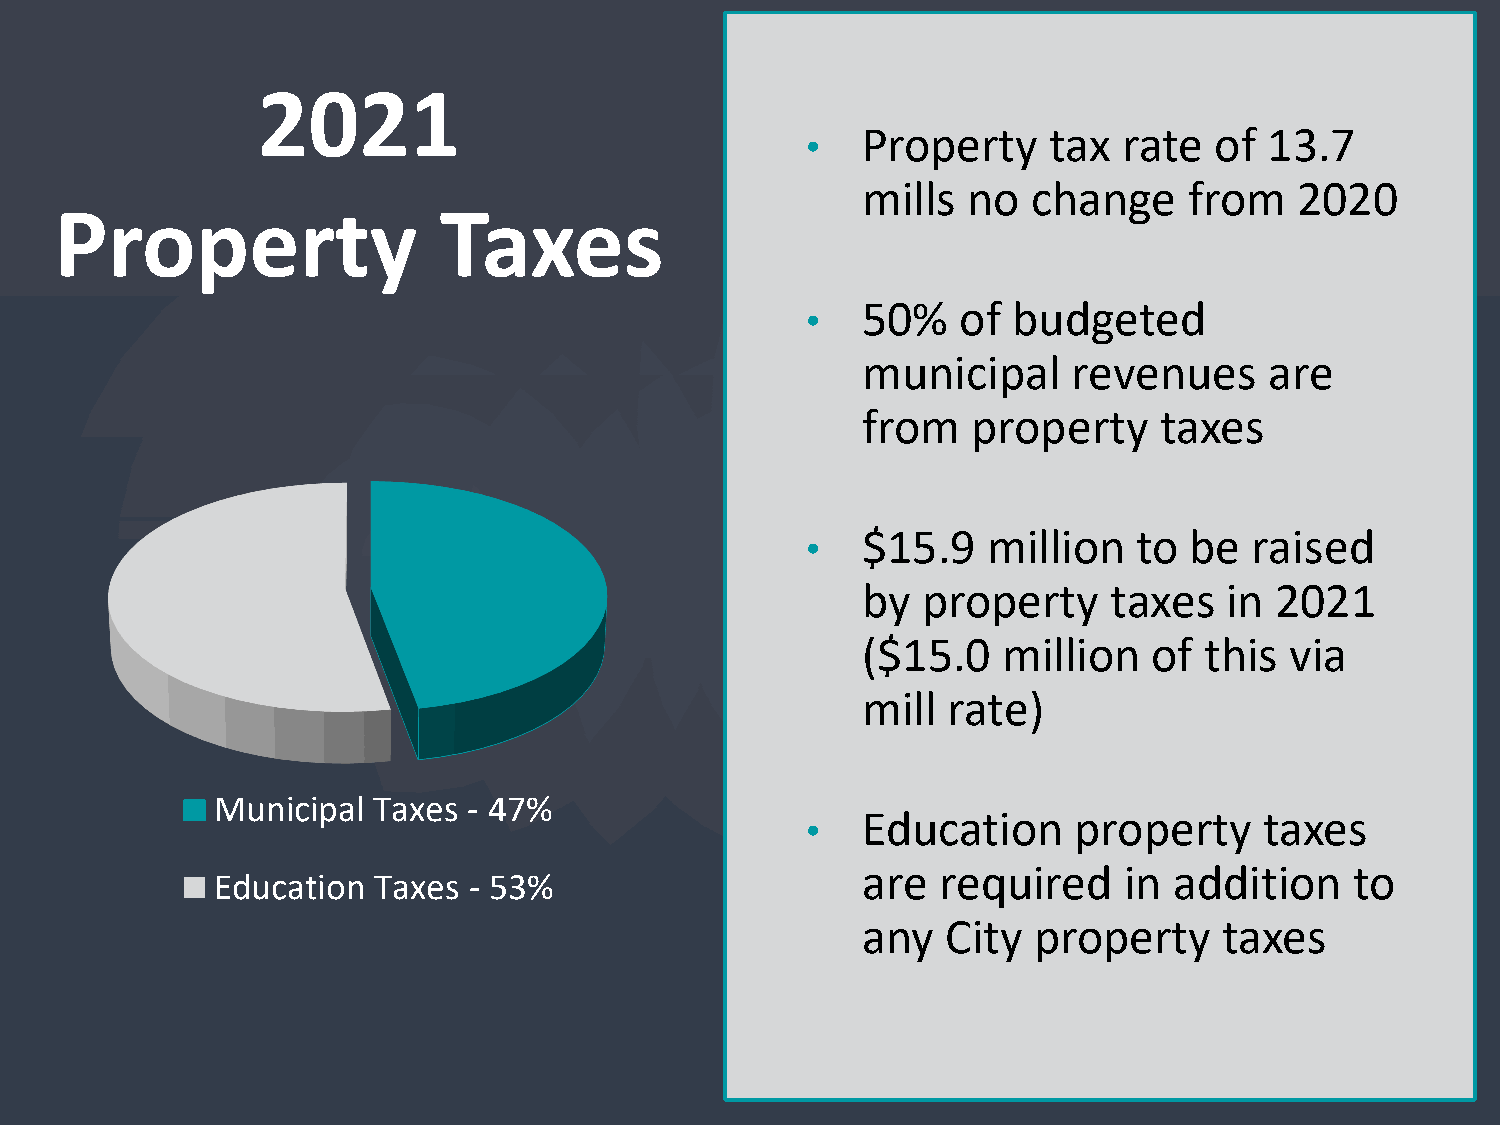
2021
 Property     tax rate  of  13.7
 •
 mills  no  change     from   2020
 Property                 Taxes
 50%    of budgeted
 •
 municipal     revenues     are
 from   property     taxes
 $15.9   million   to  be  raised
 •
 by  property     taxes  in 2021
 ($15.0   million   of  this via
 mill  rate)
 Municipal  Taxes - 47%
 Education     property     taxes
 •
 are  required    in  addition    to
 Education  Taxes - 53%
 any   City property     taxes